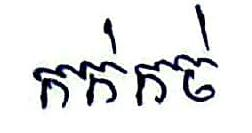
កក់កច់